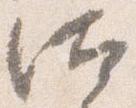
汰